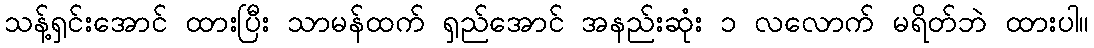
သန့်ရှင်းအောင် ထားပြီး သာမန်ထက် ရှည်အောင် အနည်းဆုံး ၁ လလောက် မရိတ်ဘဲ ထားပါ။